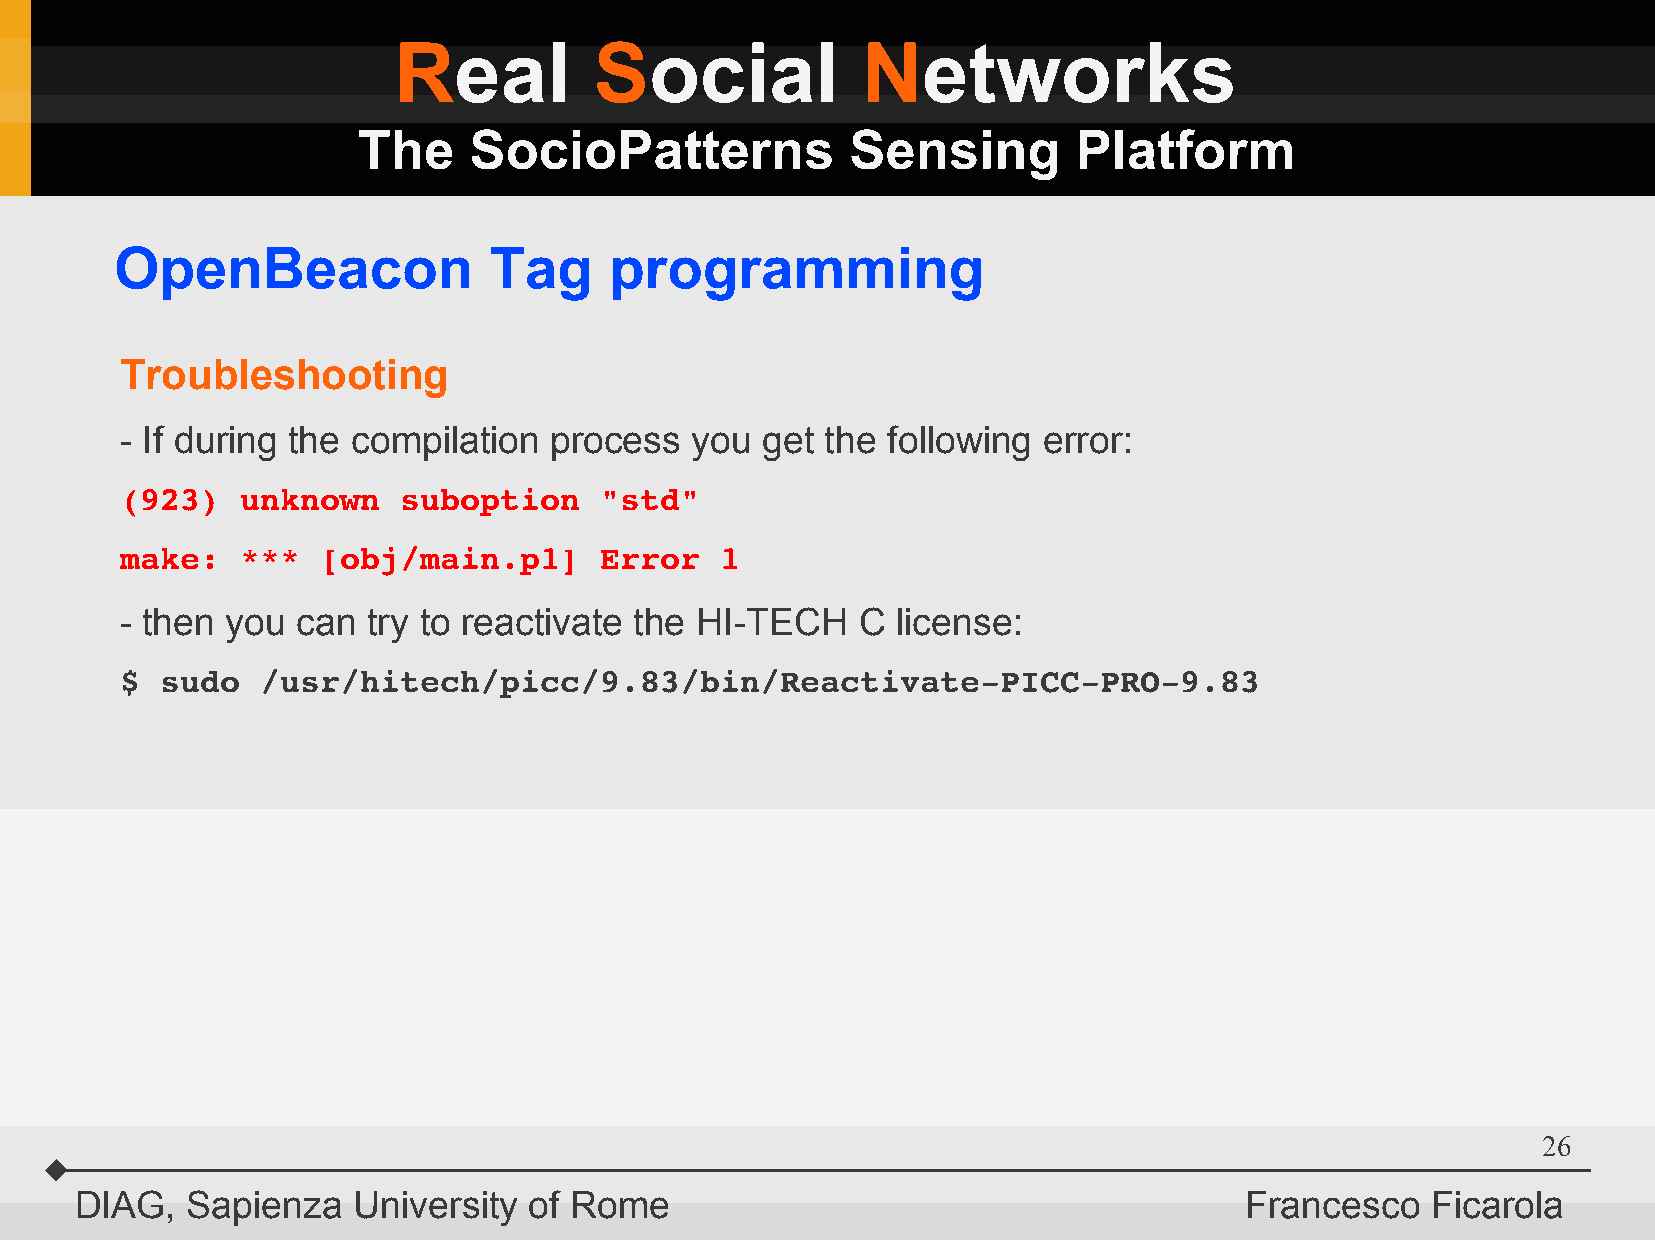
Real         Social            Networks
 The    SocioPatterns            Sensing        Platform
 OpenBeacon              Tag     programming
 Troubleshooting
 - If during the compilation process   you get  the following error:
 (923)   unknown   suboption     "std"
 make:   ***  [obj/main.p1]      Error   1
 - then you  can try to reactivate the HI-TECH    C license:
 $  sudo  /usr/hitech/picc/9.83/bin/Reactivate­PICC­PRO­9.83
 26
 DIAG,  Sapienza   University  of Rome                                        Francesco    Ficarola